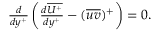
\begin{array} { r } { \frac { d } { d y ^ { + } } \left( \frac { d \overline { { U ^ { + } } } } { d y ^ { + } } - ( \overline { { u v } } ) ^ { + } \right) = 0 . } \end{array}